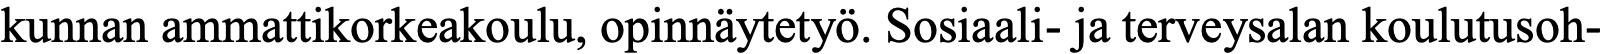
kunnan ammattikorkeakoulu, opinnäytetyö. Sosiaali- ja terveysalan koulutusoh-